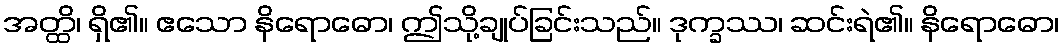
အတ္ထိ၊ ရှိ၏။ ဧသော နိရောဓော၊ ဤသို့ချုပ်ခြင်းသည်။ ဒုက္ခဿ၊ ဆင်းရဲ၏။ နိရောဓော၊